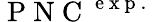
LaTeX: \mathrm{~P~N~C~}^{\mathrm{~e~x~p~.~}}